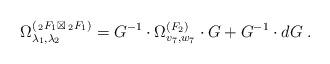
LaTeX: \begin{align*} \Omega^{(\,_2F_1 \boxtimes \,_2F_1)}_{\lambda_1,\lambda_2} = G^{-1} \cdot \Omega^{(F_2)}_{v_7,w_7} \cdot G + G^{-1}\cdot dG \;.\end{align*}